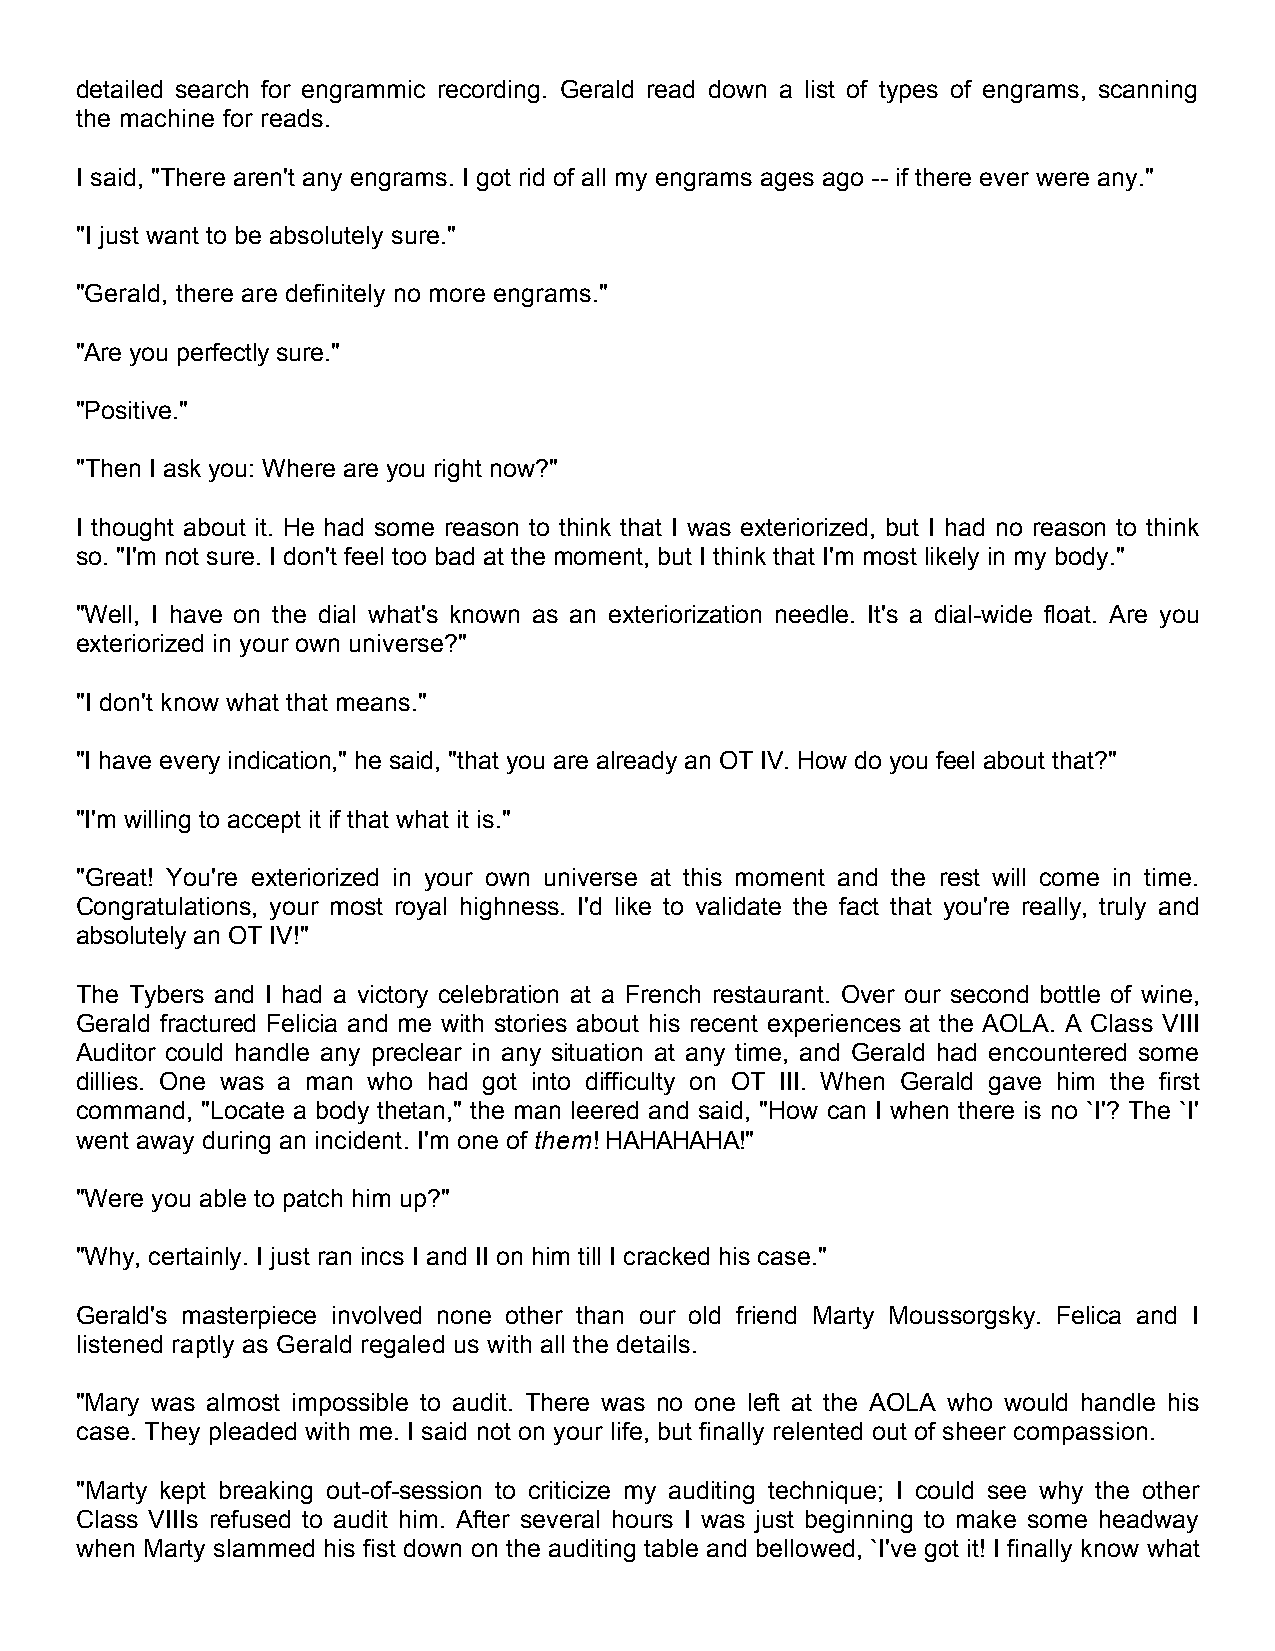
detailed search for engrammic recording. Gerald read down a list of types of engrams, scanning
 the machine for reads.
 I said, "There aren't any engrams. I got rid of all my engrams ages ago -- if there ever were any."
 "I just want to be absolutely sure."
 "Gerald, there are definitely no more engrams."
 "Are you perfectly sure."
 "Positive."
 "Then I ask you: Where are you right now?"
 I thought about it. He had some reason to think that I was exteriorized, but I had no reason to think
 so. "I'm not sure. I don't feel too bad at the moment, but I think that I'm most likely in my body."
 "Well, I have on the dial what's known as an exteriorization needle. It's a dial-wide float. Are you
 exteriorized in your own universe?"
 "I don't know what that means."
 "I have every indication," he said, "that you are already an OT IV. How do you feel about that?"
 "I'm willing to accept it if that what it is."
 "Great! You're exteriorized in your own universe at this moment and the rest will come in time.
 Congratulations, your most royal highness. I'd like to validate the fact that you're really, truly and
 absolutely an OT IV!"
 The Tybers and I had a victory celebration at a French restaurant. Over our second bottle of wine,
 Gerald fractured Felicia and me with stories about his recent experiences at the AOLA. A Class VIII
 Auditor could handle any preclear in any situation at any time, and Gerald had encountered some
 dillies. One was a man who had got into difficulty on OT III. When Gerald gave him the first
 command, "Locate a body thetan," the man leered and said, "How can I when there is no `I'? The `I'
 went away during an incident. I'm one of them! HAHAHAHA!"
 "Were you able to patch him up?"
 "Why, certainly. I just ran incs I and II on him till I cracked his case."
 Gerald's masterpiece involved none other than our old friend Marty Moussorgsky. Felica and I
 listened raptly as Gerald regaled us with all the details.
 "Mary was almost impossible to audit. There was no one left at the AOLA who would handle his
 case. They pleaded with me. I said not on your life, but finally relented out of sheer compassion.
 "Marty kept breaking out-of-session to criticize my auditing technique; I could see why the other
 Class VIIIs refused to audit him. After several hours I was just beginning to make some headway
 when Marty slammed his fist down on the auditing table and bellowed, `I've got it! I finally know what